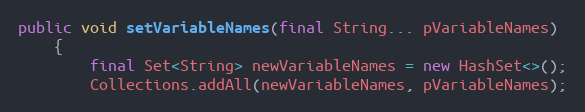
Language: Java
public void setVariableNames(final String... pVariableNames)
    {
        final Set<String> newVariableNames = new HashSet<>();
        Collections.addAll(newVariableNames, pVariableNames);